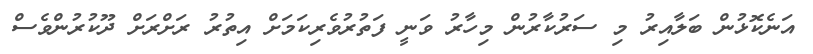
އަނެކޮޅުން ބަލާއިރު މި ސަރުކާރުން މިހާރު ވަނީ ފަތުރުވެރިކަމަށް އިތުރު ރަށްރަށް ދޫކުރުންވެސް